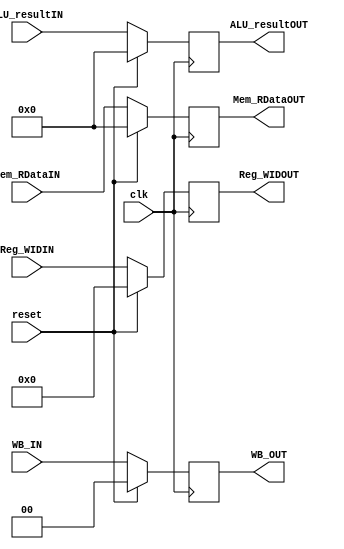
module MEM_WBpipe(
	clk, reset,
	WB_IN,
	Mem_RDataIN, ALU_resultIN, Reg_WIDIN,
	WB_OUT,
	Mem_RDataOUT, ALU_resultOUT, Reg_WIDOUT
);

	input 	clk, reset;
	input	[1:0]	WB_IN;		// WB from MEM
	input	[31:00]	Mem_RDataIN;	// Mem Read Data from MEM
	input	[31:00]	ALU_resultIN;	// ALU_result_IN from MEM
	input	[4:0]	Reg_WIDIN;	// Register Write Data from MEM

	output	[1:0]	WB_OUT;			// WB to WB
	output	[31:00]	Mem_RDataOUT;	// Mem Read Data to WB
	output	[31:00]	ALU_resultOUT;	// ALU_result_IN to WB
	output	[4:00]	Reg_WIDOUT;	// Register Write Data to WB

	reg	[1:0]	WB_OUT;			
	reg	[31:00]	Mem_RDataOUT;	
	reg	[31:00]	ALU_resultOUT;	
	reg	[4:0]	Reg_WIDOUT;	
	
	always@(posedge clk) begin
		if(reset) begin
			WB_OUT		<= 2'b00;
			Mem_RDataOUT	<= 32'b0;
			ALU_resultOUT	<= 32'b0;
			Reg_WIDOUT	<= 5'b0;
		end
		else begin
			WB_OUT		<= WB_IN;
			Mem_RDataOUT	<= Mem_RDataIN;
			ALU_resultOUT	<= ALU_resultIN;
			Reg_WIDOUT	<= Reg_WIDIN;
		end
	end
endmodule